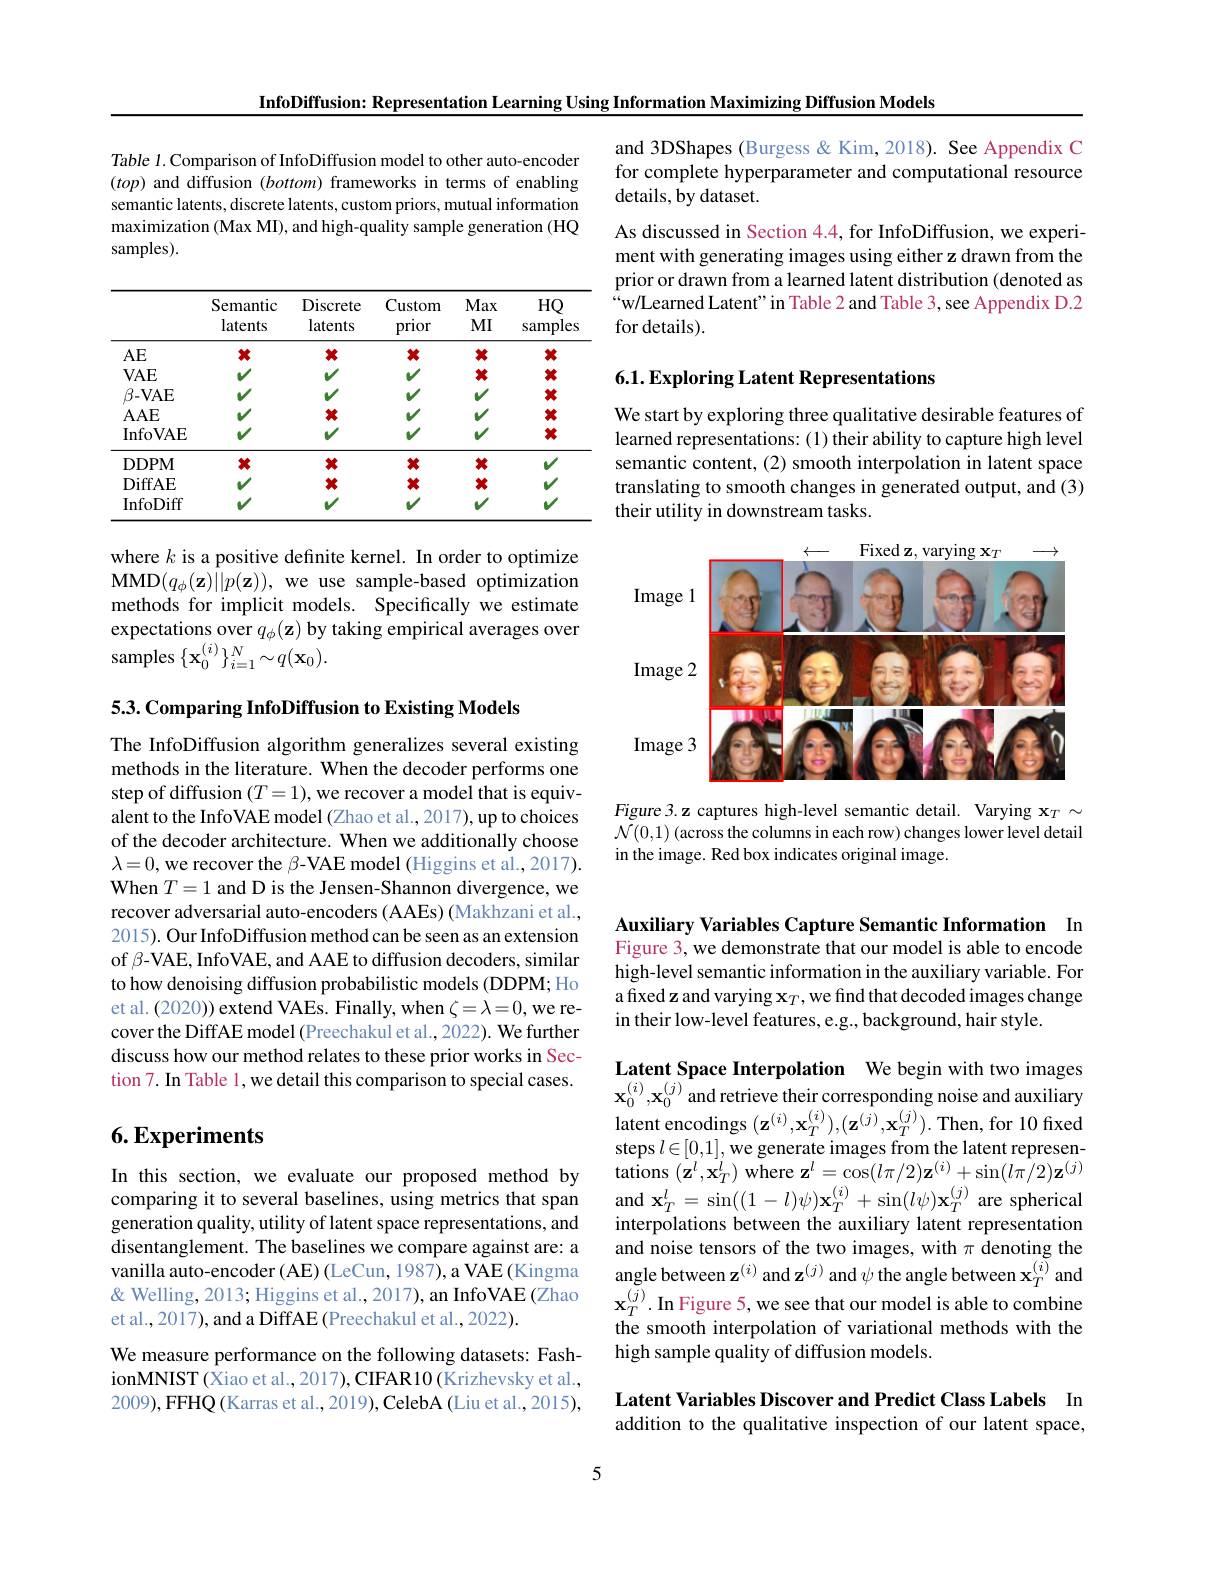
InfoDiffusion: Representation Learning Using Information Maximizing Diffusion Models

Table 1. Comparison of InfoDiffusion model to other auto-encoder (top) and diffusion (bottom) frameworks in terms of enabling semantic latents, discrete latents, custom priors, mutual information maximization (Max MI), and high-quality sample generation (HQ samples).

<table>
	<tbody>
		<tr>
			<th> </th>
			<th>Semantic latents</th>
			<th>Discrete latents</th>
			<th>Custom prior</th>
			<th>Max $MI$</th>
			<th>$HQ$ samples</th>
		</tr>
	</tbody>
</table>

where $k$ is a positive definite kernel. In order to optimize MMD$( q_{\phi }( \mathbf{z} ) | | p( \mathbf{z} ) ) $,we use sample-based optimization methods for implicit models. Specifically we estimate expectations over $q_\phi(\mathbf{z})$ by taking empirical averages over samples $\{\mathbf{x}_0^{(i)}\}_{i=1}^N\sim q(\mathbf{x}_0).$

5.3. Comparing InfoDiffusion to Existing Models

The InfoDiffusion algorithm generalizes several existing methods in the literature. When the decoder performs one step of diffusion $(T=1)$,we recover a model that is equivalent to the InfoVAE model (Zhao et al., 2017), up to choices of the decoder architecture. When we additionally choose $\lambda=0$, we recover the $\beta$-VAE model (Higgins et al.,2017). When $T=1$ and D is the Jensen-Shannon divergence, we recover adversarial auto-encoders (AAEs) (Makhzani et al., 2015). Our InfoDiffusion method can be seen as an extension of $\beta$-VAE, InfoVAE, and AAE to diffusion decoders, similar to how denoising diffusion probabilistic models (DDPM; Ho et al. (2020)) extend VAEs. Finally, when $\zeta=\lambda=0$, we recover the DiffAE model (Preechakul et al., 2022). We further discuss how our method relates to these prior works in Section 7. In Table 1, we detail this comparison to special cases.

## $6. \textbf{Experiments}$

In this section, we evaluate our proposed method by comparing it to several baselines, using metrics that span generation quality, utility of latent space representations, and disentanglement. The baselines we compare against are: a vanilla auto-encoder (AE) (LeCun, 1987), a VAE (Kingma & Welling, 2013; Higgins et al., 2017), an InfoVAE (Zhao et al., 2017), and a DiffAE (Preechakul et al., 2022).
We measure performance on the following datasets: FashionMNIST (Xiao et al., 2017), CIFAR10 (Krizhevsky et al., 2009), FFHQ (Karras et al., 2019), CelebA (Liu et al., 2015),

and 3DShapes (Burgess &Kim, 2018). See Appendix C for complete hyperparameter and computational resource details, $\hat{\mathbf{by}}$ dataset.

As discussed in Section 4.4, for InfoDiffusion, we experiment with generating images using either z drawn from the prior or drawn from a learned latent distribution (denoted as “w/Learned Latent" in Table 2 and Table 3, see Appendix D.2 for details)

## 6.1. Exploring Latent Representations

We start by exploring three qualitative desirable features of learned representations:(1) their ability to capture high level semantic content, (2) smooth interpolation in latent space translating to smooth changes in generated output, and (3) their utility in downstream tasks.

<FigureHere>

Figure 3.z captures high-level semantic detail. Varying $\mathbf{x}_T\sim$ $\mathcal{N}(0,1)$ (across the columns in each row) changes lower level detail in the image. Red box indicates original image.

Auxiliary Variables Capture Semantic Information In Figure 3, we demonstrate that our model is able to encode high-level semantic information in the auxiliary variable. For a fixed z and varying $\mathbf{x}_T$,we find that decoded images change in their low-level features, e.g., background, hair style.

Latent Space Interpolation We begin with two images $\mathbf{x}_{0}^{(i)},\mathbf{x}_{0}^{(j)}$and retrieve their corresponding noise and auxiliary latent encodings $(\mathbf{z}^{(i)},\mathbf{x}_{T}^{(i)}),(\mathbf{z}^{(j)},\mathbf{x}_{T}^{(j)}).$ Then, for 10 fixed steps $l\in[0,1]$, we generate images from the latent represen- ${\mathrm{tations~}(\mathbf{z}^{l},\mathbf{x}_{T}^{l}){\mathrm{~where~z}^{l}}=\cos(l\pi/2)\mathbf{z}^{(i)}+\sin(l\pi/2)\mathbf{z}^{(j)}}$ and $\mathbf{x}_T^{l}=\sin((1-l)\psi)\mathbf{x}_T^{(i)}+\sin(l\psi)\mathbf{x}_T^{(j)}$ are spherical interpolations between the auxiliary latent representation and noise tensors of the two images, with $\pi$ denoting the angle between z$^{(i)}$ and z$^{(j)}$ and $\psi$ the angle between $\mathbf{x}_T^{(i)}$ and $\mathbf{x}_{T}^{(j)}\cdot\mathbf{In}$Figure 5, we see that our model is able to combine the smooth interpolation of variational methods with the high sample quality of diffusion models

## Latent Variables Discover and Predict Class Labels In addition to the qualitative inspection of our latent space,

5